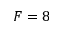
F = 8